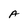
Character: A